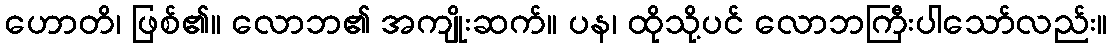
ဟောတိ၊ ဖြစ်၏။ လောဘ၏ အကျိုးဆက်။ ပန၊ ထိုသို့ပင် လောဘကြီးပါသော်လည်း။